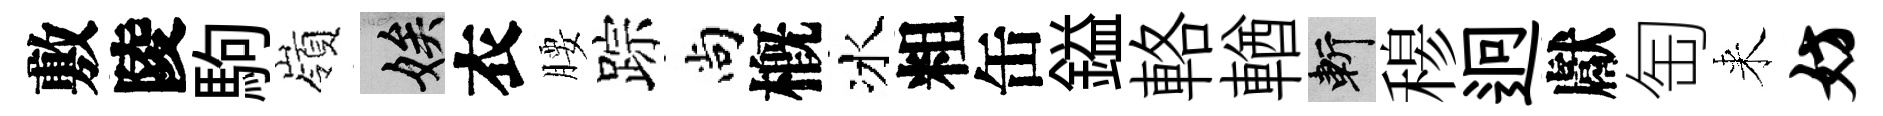
敷陵駒嶺娭衣腰踪尚槪冰粗缶鎰輅輶斬𥠇迥獻匋来妨